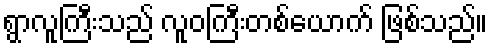
ရွာလူကြီးသည် လူဝကြီးတစ်ယောက် ဖြစ်သည်။